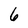
Character: 6